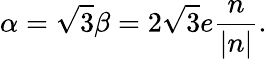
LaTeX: \alpha=\sqrt{3}\beta=2\sqrt{3}e\frac{n}{|n|}.